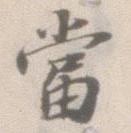
当